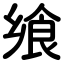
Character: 飨